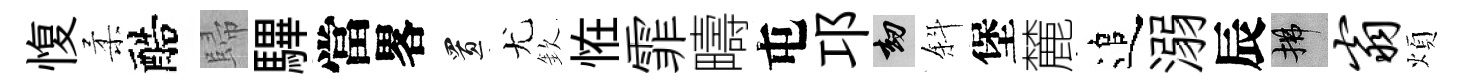
愎柔醅歸驆當畧置尤欽恠霏疇屯邛劫斜堡麓追溺辰拂翁煩